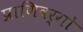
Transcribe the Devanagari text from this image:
प्राणिवर्गों